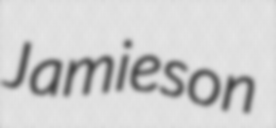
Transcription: Jamieson